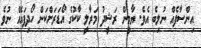
އިންސާފެއް ނުލިބެ އެވެ. ޔާމީން ރަޝީދު މަރާލީ ކާކުގެ އޯޑަރަށްކަން ހޯދިފައެއް ނުވެ